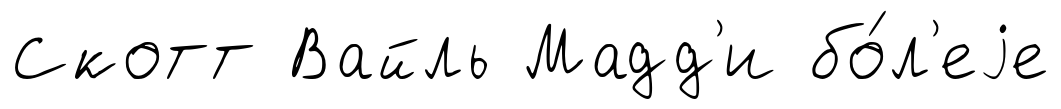
Скотт Вайль Мадд'и бо́л'еjе